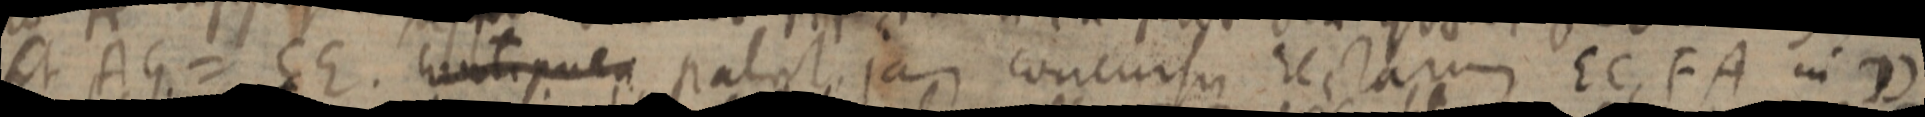
sit AG = CE. _ patet, jam concursu rectam EC, FA in D